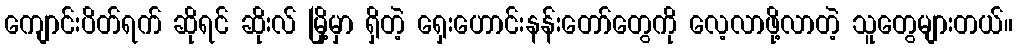
ကျောင်းပိတ်ရက် ဆိုရင် ဆိုးလ် မြို့မှာ ရှိတဲ့ ရှေးဟောင်းနန်းတော်တွေကို လေ့လာဖို့လာတဲ့ သူတွေများတယ်။